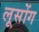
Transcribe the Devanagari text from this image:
लूसोंग